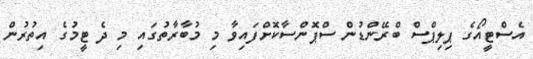
އެސްޓީއޯގެ ޕިލިޕްސް ބްރޭންޑުން ސްޕޮންސާކޮށްފައިވާ މި މުބާރާތުގައި މި ދެ ޓީމުގެ އިތުރުން